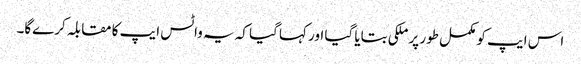
اس ایپ کو مکمل طور پر ملکی بتایا گیا اور کہا گیا کہ یہ واٹس ایپ کا مقابلہ کرےگا۔